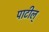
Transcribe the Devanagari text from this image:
पाटील्